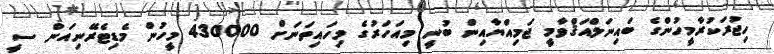
ހިޖުރަކުރާމީހުންގެ ބައިނަލްއަޤްވާމީ ޖަމިއްޔާއިން ބުނީ މިއަހަރުގެ މިހައިތަނަށް 430000 މީހުން މެޑިޓެރޭނިއަން ސީ